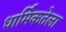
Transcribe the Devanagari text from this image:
धार्मिकतेला